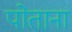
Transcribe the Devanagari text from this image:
पोताना